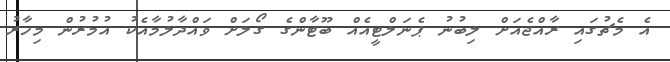
އެ މެޗުގައި ރާއްޖެއަށް ލިބުނު ޕެނަލްޓީއެއް ބޫޓާންގެ ގޯލަށް ވައްދާލުމާއެކު އުމުރުން މިހާރު